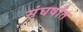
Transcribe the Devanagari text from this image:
संघर्षांत